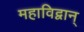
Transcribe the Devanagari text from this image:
महाविद्वान्